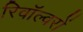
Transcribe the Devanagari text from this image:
रिवॉल्वरों